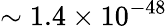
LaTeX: \sim 1.4\times 10^{-48}